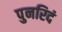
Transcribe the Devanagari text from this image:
पुनरिदं